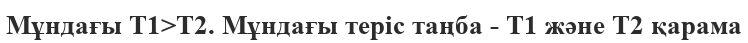
Мұндағы Т1>Т2. Мұндағы теріс таңба - Т1 және Т2 қарама